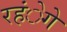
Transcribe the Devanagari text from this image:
रहंेगे